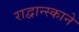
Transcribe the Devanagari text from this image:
राद्वान्स्काने